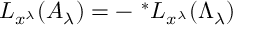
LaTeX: L _ { x ^ { \lambda } } ( A _ { \lambda } ) = - \ ^ { * } L _ { x ^ { \lambda } } ( \Lambda _ { \lambda } )